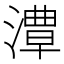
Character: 𱨯